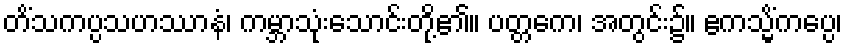
တိံသကပ္ပသဟဿာနံ၊ ကမ္ဘာသုံးသောင်းတို့၏။ ပတ္တကေ၊ အတွင်း၌။ ဧကသ္မိံကပ္ပေ၊